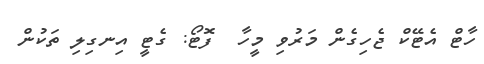
ހާޓް އެޓޭކް ޖެހިގެން މަރުވި މީހާ  ފޮޓޯ: ގެޓީ އިނގިލި ތަކުން